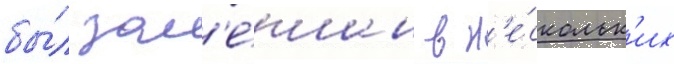
бы́л зам'е́шан в н'е́скольк'их